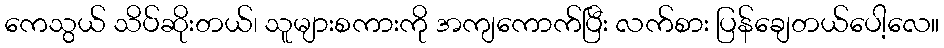
ကေသွယ် သိပ်ဆိုးတယ်၊ သူများစကားကို အကျကောက်ပြီး လက်စား ပြန်ချေတယ်ပေါ့လေ။